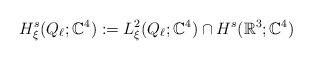
LaTeX: \begin{align*}H_\xi^s(Q_\ell;\mathbb{C}^4):=L_\xi^2(Q_\ell;\mathbb{C}^4)\cap H_{}^s(\mathbb{R}^3;\mathbb{C}^4) \end{align*}